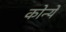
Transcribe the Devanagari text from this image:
कोन्ये